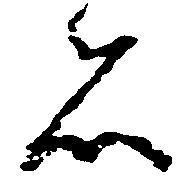
者